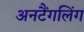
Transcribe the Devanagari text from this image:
अनटैंगलिंग